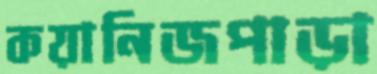
কয়ানিজপাড়া